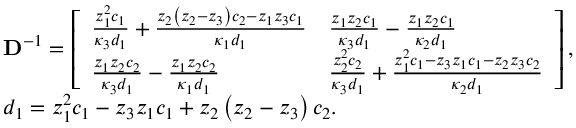
\begin{array} { r l } & { \mathbf { D } ^ { - 1 } = \left[ \begin{array} { l l } { \frac { z _ { 1 } ^ { 2 } c _ { 1 } } { \kappa _ { 3 } d _ { 1 } } + \frac { z _ { 2 } \left( z _ { 2 } - z _ { 3 } \right) c _ { 2 } - z _ { 1 } z _ { 3 } c _ { 1 } } { \kappa _ { 1 } d _ { 1 } } } & { \frac { z _ { 1 } z _ { 2 } c _ { 1 } } { \kappa _ { 3 } d _ { 1 } } - \frac { z _ { 1 } z _ { 2 } c _ { 1 } } { \kappa _ { 2 } d _ { 1 } } } \\ { \frac { z _ { 1 } z _ { 2 } c _ { 2 } } { \kappa _ { 3 } d _ { 1 } } - \frac { z _ { 1 } z _ { 2 } c _ { 2 } } { \kappa _ { 1 } d _ { 1 } } } & { \frac { z _ { 2 } ^ { 2 } c _ { 2 } } { \kappa _ { 3 } d _ { 1 } } + \frac { z _ { 1 } ^ { 2 } c _ { 1 } - z _ { 3 } z _ { 1 } c _ { 1 } - z _ { 2 } z _ { 3 } c _ { 2 } } { \kappa _ { 2 } d _ { 1 } } } \end{array} \right] , } \\ & { d _ { 1 } = z _ { 1 } ^ { 2 } c _ { 1 } - z _ { 3 } z _ { 1 } c _ { 1 } + z _ { 2 } \left( z _ { 2 } - z _ { 3 } \right) c _ { 2 } . } \end{array}